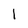
Character: l